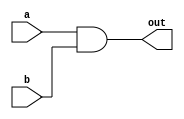
`timescale 1ns/1ns

module and1 (a,b,out);

input a, b;
output out;

assign out = a & b;

endmodule